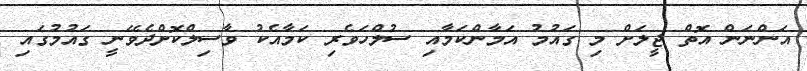
އަންނަން އޮތް ޖީލަށް މި ގައުމު އަމާންކަމާއި ސުލްހަވެރި ކަމާއެކު ވާސިލްކޮށްދެވޭނީ ގައުމުގައި